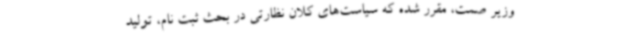
وزیر صمت، مقرر شده که سیاست‌های کلان نظارتی در بحث ثبت نام، تولید